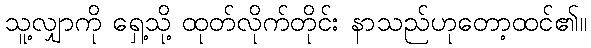
သူ့လျှာကို ရှေ့သို့ ထုတ်လိုက်တိုင်း နာသည်ဟုတော့ထင်၏။